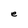
Character: e